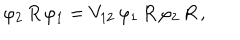
LaTeX: \varphi _ { 2 } \, R \, \varphi _ { 1 } = V _ { 1 2 } \, \varphi _ { 1 } \, R \, \varphi _ { 2 } \, R \, ,